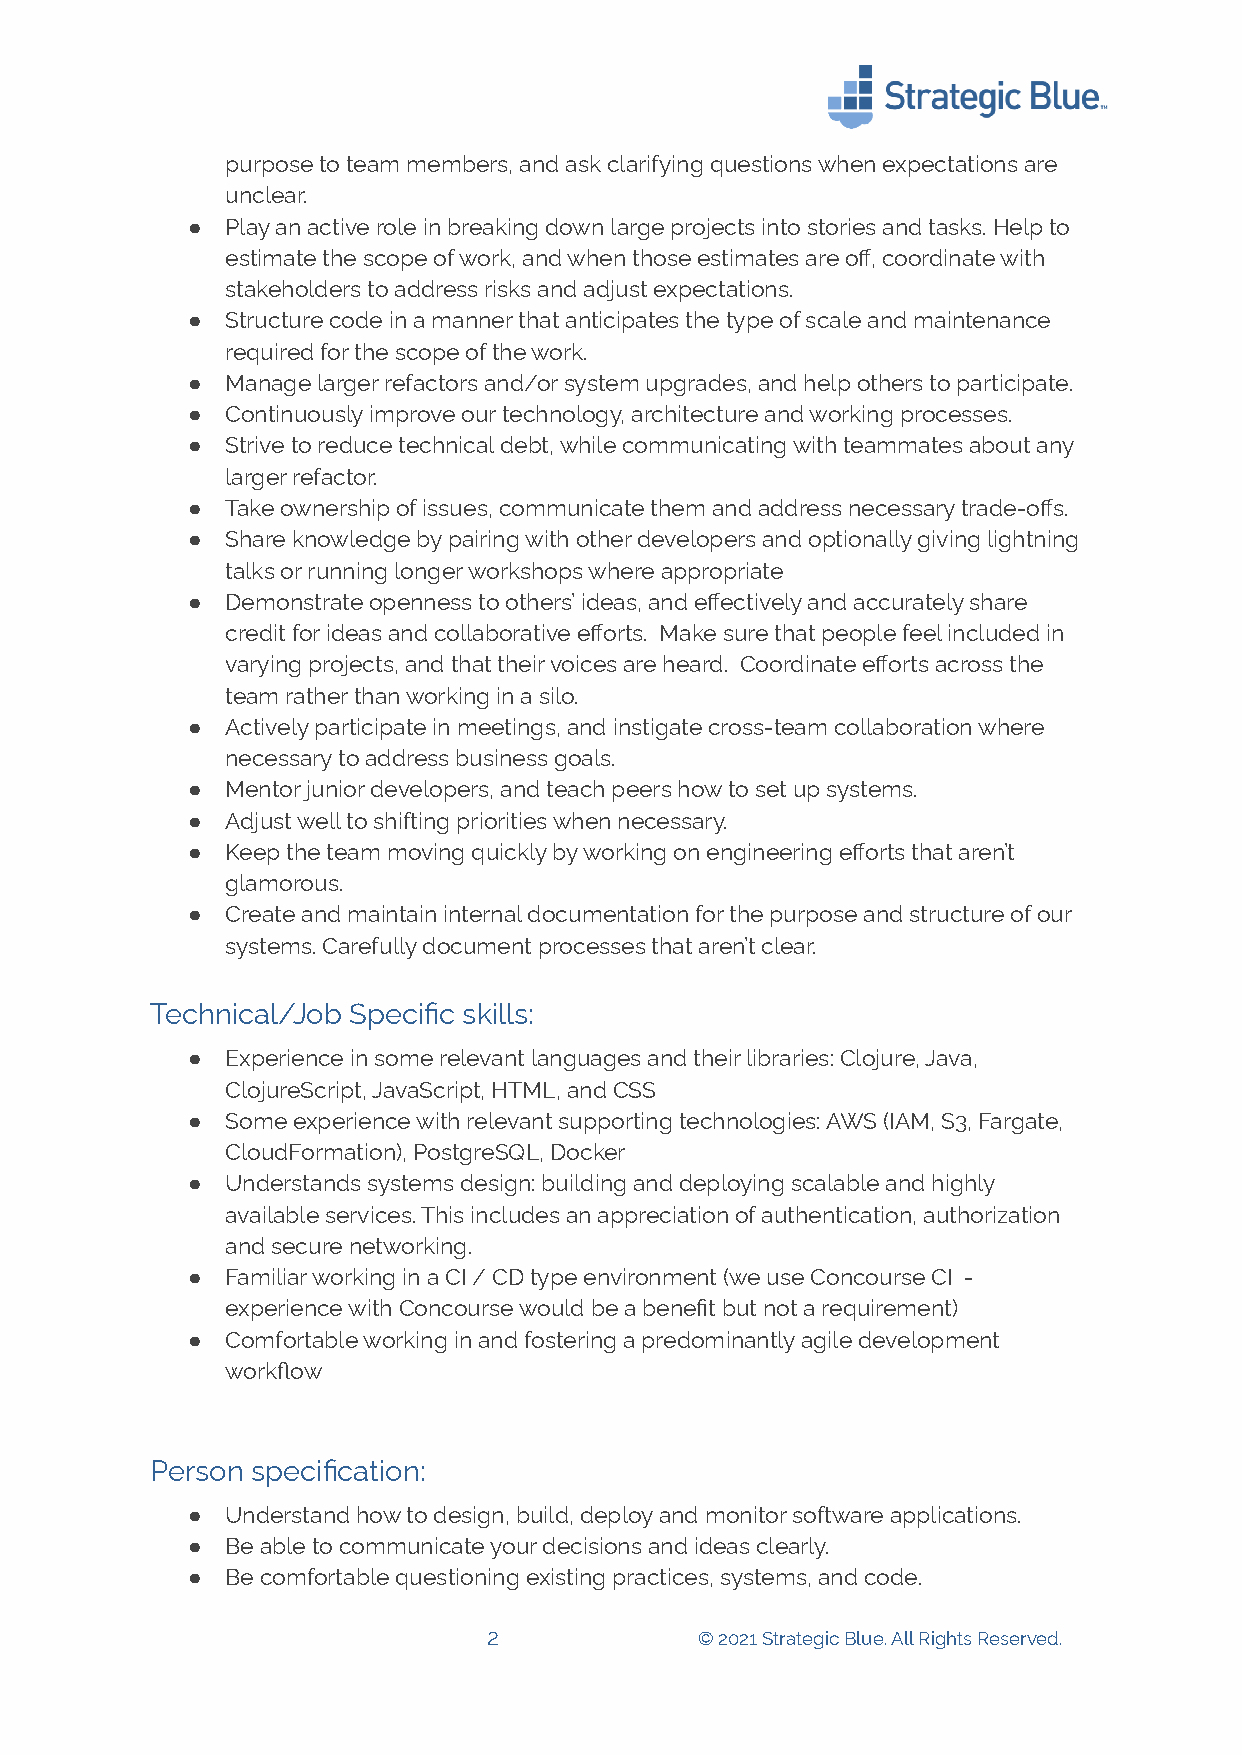
purpose to team members, and ask clarifying questions when expectations are
 unclear.
 ●  Play an active role in breaking down large projects into stories and tasks. Help to
 estimate the scope of work, and when those estimates are off, coordinate with
 stakeholders to address risks and adjust expectations.
 ●  Structure code in a manner that anticipates the type of scale and maintenance
 required for the scope of the work.
 ●  Manage larger refactors and/or system upgrades, and help others to participate.
 ●  Continuously improve our technology, architecture and working processes.
 ●  Strive to reduce technical debt, while communicating with teammates about any
 larger refactor.
 ●  Take ownership of issues, communicate them and address necessary trade-offs.
 ●  Share knowledge by pairing with other developers and optionally giving lightning
 talks or running longer workshops where appropriate
 ●  Demonstrate openness to others’ ideas, and effectively and accurately share
 credit for ideas and collaborative efforts. Make sure that people feel included in
 varying projects, and that their voices are heard. Coordinate efforts across the
 team rather than working in a silo.
 ●  Actively participate in meetings, and instigate cross-team collaboration where
 necessary to address business goals.
 ●  Mentor junior developers, and teach peers how to set up systems.
 ●  Adjust well to shifting priorities when necessary.
 ●  Keep the team moving quickly by working on engineering efforts that aren’t
 glamorous.
 ●  Create and maintain internal documentation for the purpose and structure of our
 systems. Carefully document processes that aren’t clear.
 Technical/Job Specific skills:
 ●  Experience in some relevant languages and their libraries: Clojure, Java,
 ClojureScript, JavaScript, HTML, and CSS
 ●  Some experience with relevant supporting technologies: AWS (IAM, S3, Fargate,
 CloudFormation), PostgreSQL, Docker
 ●  Understands systems design: building and deploying scalable and highly
 available services. This includes an appreciation of authentication, authorization
 and secure networking.
 ●  Familiar working in a CI / CD type environment (we use Concourse CI -
 experience with Concourse would be a benefit but not a requirement)
 ●  Comfortable working in and fostering a predominantly agile development
 workflow
 Person specification:
 ●  Understand how to design, build, deploy and monitor software applications.
 ●  Be able to communicate your decisions and ideas clearly.
 ●  Be comfortable questioning existing practices, systems, and code.
 2             © 2021 Strategic Blue. All Rights Reserved.